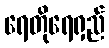
ရေတိုရေရှည်